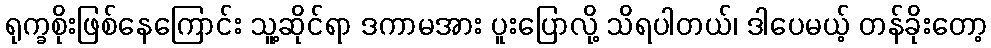
ရုက္ခစိုးဖြစ်နေကြောင်း သူ့ဆိုင်ရာ ဒကာမအား ပူးပြောလို့ သိရပါတယ်၊ ဒါပေမယ့် တန်ခိုးတော့